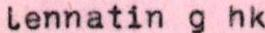
lennatin g hk